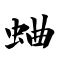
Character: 蛐